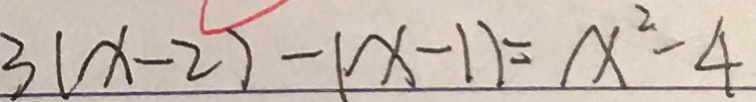
3 ( x - 2 ) - ( x - 1 ) = x ^ { 2 } - 4